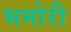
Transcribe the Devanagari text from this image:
भमोरी